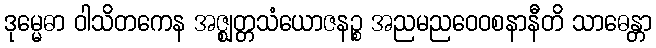
ဒုမ္မေဓာ ဝါသိတကေန အဇ္ဈတ္တသံယောဇနဉ္စ အညမညဝေဝစနာနီတိ သာဓေန္တာ